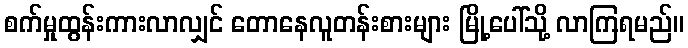
စက်မှုထွန်းကားလာလျှင် တောနေလူတန်းစားများ မြို့ပေါ်သို့ လာကြရမည်။